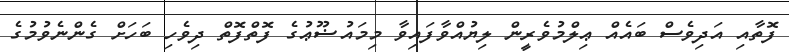
ފޮތާއި އަދިވެސް ބައެއް ޢިލްމުވެރީން ލިޔުއްވާފައިވާ މިމައުޟޫޢުގެ ފޮތްފޮތް ދިވެހި ބަހަށް ގެންނެވުމުގެ